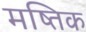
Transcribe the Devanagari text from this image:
मष्तिक